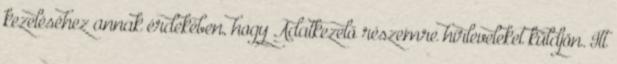
kezeléséhez annak érdekében, hogy Adatkezelő részemre hírleveleket küldjön. Itt